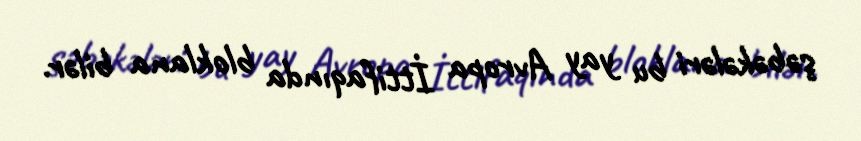
şəbəkələri bu yay Avropa İttifaqında bloklana bilər.